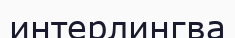
интерлингва